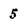
Character: 5